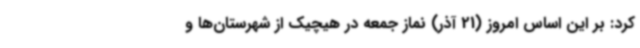
کرد: بر این اساس امروز (21 آذر) نماز جمعه در هیچیک از شهرستان‌ها و